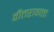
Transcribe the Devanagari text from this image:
वीतरागता